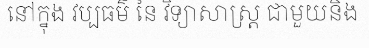
នៅក្នុង វប្បធម៌ នៃ វិទ្យាសាស្ត្រ ជាមួយនិង